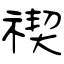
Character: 禊